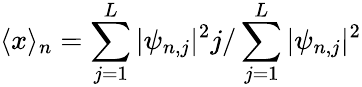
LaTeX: \langle x\rangle_{n}=\sum_{j=1}^{L}|\psi_{n,j}|^{2}j/\sum_{j=1}^{L}|\psi_{n,j}|^{2}